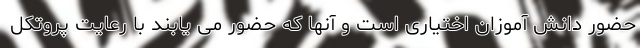
حضور دانش آموزان اختیاری است و آنها که حضور می یابند با رعایت پروتکل